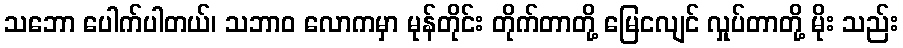
သဘော ပေါက်ပါတယ်၊ သဘာဝ လောကမှာ မုန်တိုင်း တိုက်တာတို့ မြေငလျင် လှုပ်တာတို့ မိုး သည်း